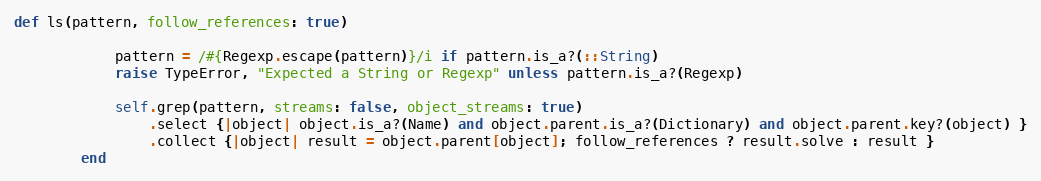
Language: Ruby
def ls(pattern, follow_references: true)

            pattern = /#{Regexp.escape(pattern)}/i if pattern.is_a?(::String)
            raise TypeError, "Expected a String or Regexp" unless pattern.is_a?(Regexp)

            self.grep(pattern, streams: false, object_streams: true)
                .select {|object| object.is_a?(Name) and object.parent.is_a?(Dictionary) and object.parent.key?(object) }
                .collect {|object| result = object.parent[object]; follow_references ? result.solve : result }
        end